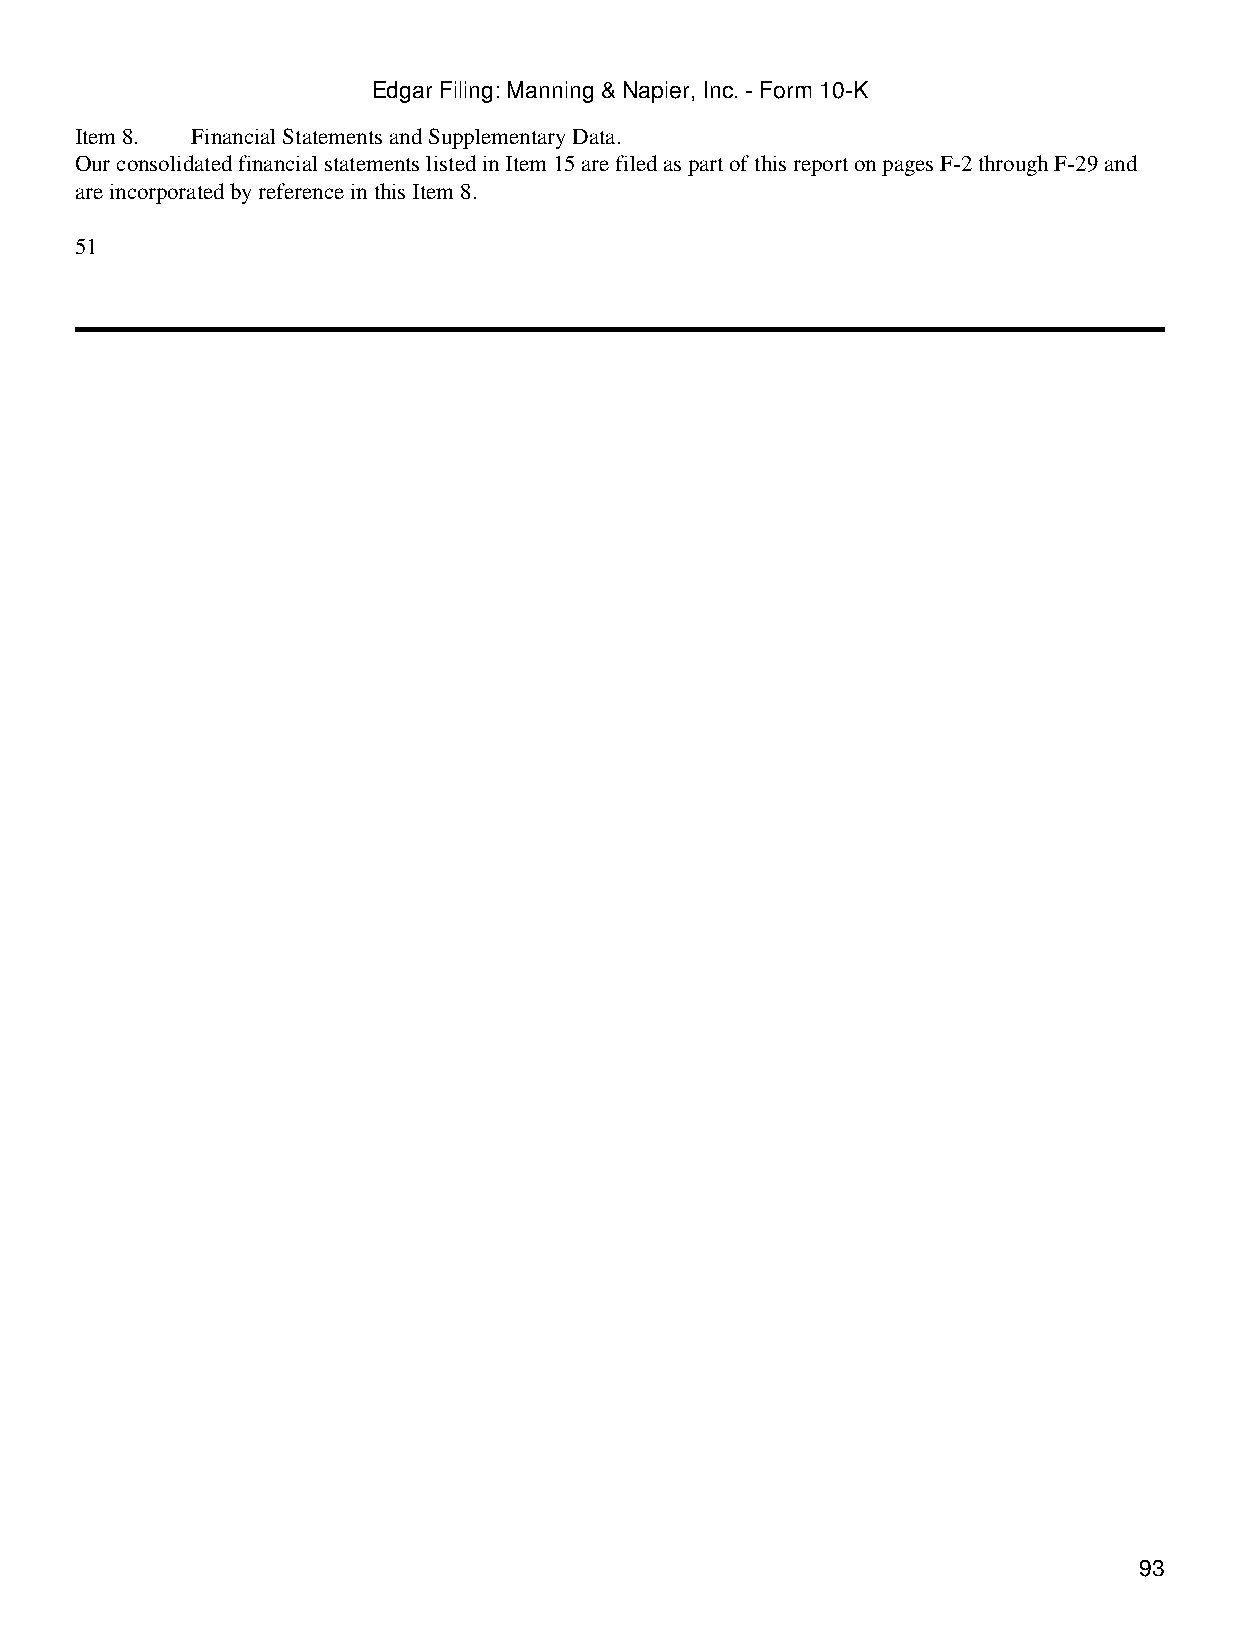
Edgar Filing: Manning & Napier, Inc. - Form 10-K
 Item 8. Financial Statements and Supplementary Data.
 Our consolidated financial statements listed in Item 15 are filed as part of this report on pages F-2 through F-29 and
 are incorporated by reference in this Item 8.
 51
 93